Indian journal of veterinary science and animal husbandry - Volume 10,
Year: 1940
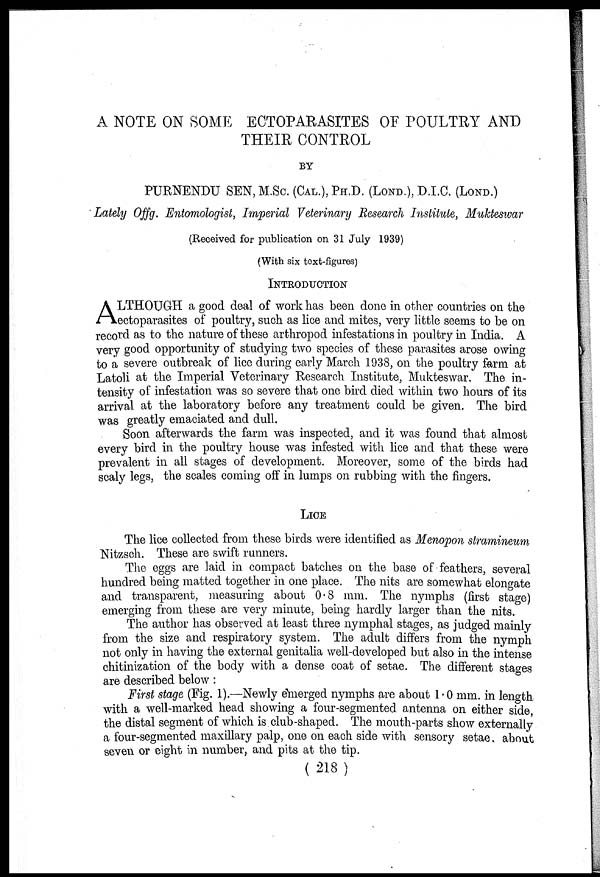
A NOTE ON SOME ECTOPARASITES OF POULTRY AND
THEIR CONTROL
BY
PURNENDU SEN, M.Sc.(CAL.), PH.D. (LOND.), D.I.C. (LOND.)
Lately Offg. Entomologist, Imperial Veterinary Research Institute, Mukteswar
(Received for publication on 31 July 1939)
(With six text-figures)
INTRODUCTION
A LTHOUGH a good deal of work has been done in other countries on the
ectoparasites of poultry, such as lice and mites, very little seems to be on
record as to the nature of these arthropod infestations in poultry in India. A
very good opportunity of studying two species of these parasites arose owing
to a severe outbreak of lice during early March 1938, on the poultry farm at
Latoli at the Imperial Veterinary Research Institute, Mukteswar. The in-
tensity of infestation was so severe that one bird died within two hours of its
arrival at the laboratory before any treatment could be given. The bird
was greatly emaciated and dull.
Soon afterwards the farm was inspected, and it was found that almost
every bird in the poultry house was infested with lice and that these were
prevalent in all stages of development. Moreover, some of the birds had
scaly legs, the scales coming off in lumps on rubbing with the fingers.
LICE
The lice collected from these birds were identified as Menopon stramineum
Nitzsch. These are swift runners.
The eggs are laid in compact batches on the base of feathers, several
hundred being matted together in one place. The nits are somewhat elongate
and transparent, measuring about 0.8 mm. The nymphs (first stage)
emerging from these are very minute, being hardly larger than the nits.
The author has observed at least three nymphal stages, as judged mainly
from the size and respiratory system. The adult differs from the nymph
not only in having the external genitalia well-developed but also in the intense
chitinization of the body with a dense coat of setae. The different stages
are described below:
First stage (Fig. 1).—Newly emerged nymphs are about 1.0 mm. in length
with a well-marked head showing a four-segmented antenna on either side,
the distal segment of which is club-shaped. The mouth-parts show externally
a four-segmented maxillary palp, one on each side with sensory setae, about
seven or eight in number, and pits at the tip.
(218)